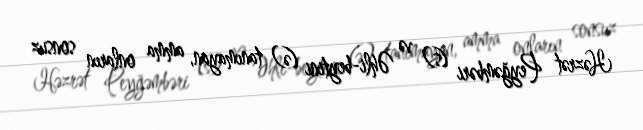
Həzrət Peyğəmbəri (s) və Əhli-beytini (ə) tanımayan, amma onların sonsuz